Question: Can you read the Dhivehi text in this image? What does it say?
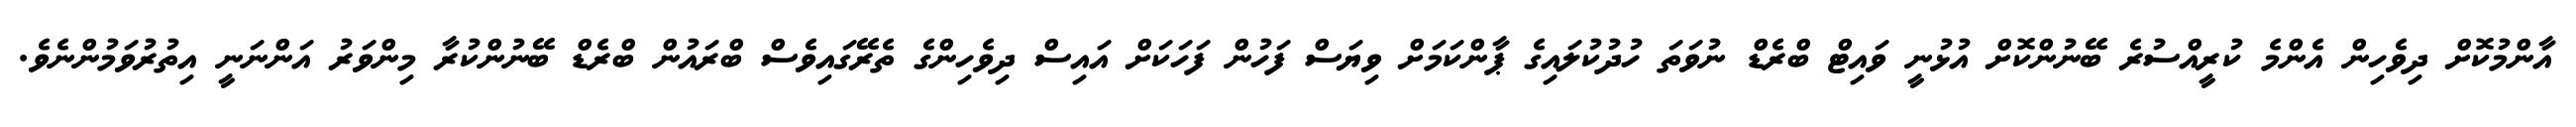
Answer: އާންމުކޮށް ދިވެހިން އެންމެ ކުރީއްސުރެ ބޭނުންކޮށް އުޅުނީ ވައިޓް ބްރެޑް ނުވަތަ ހުދުކުލައިގެ ޕާންކަމަށް ވިޔަސް ފަހުން ފަހަކަށް އައިސް ދިވެހިންގެ ތެރޭގައިވެސް ބްރައުން ބްރެޑް ބޭނުންކުރާ މިންވަރު އަންނަނީ އިތުރުވަމުންނެވެ.